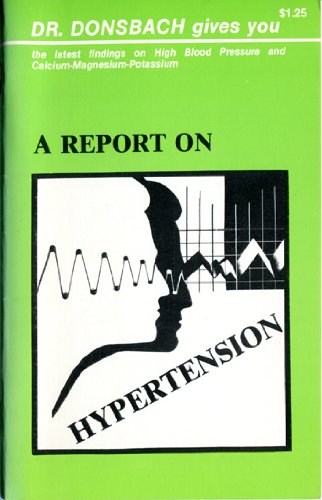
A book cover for High Blood Pressure; K. Donsbach; Health, Fitness & Dieting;